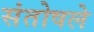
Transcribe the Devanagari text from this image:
संतोषले